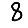
Digit: 8